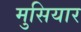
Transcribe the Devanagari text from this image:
मुसियार